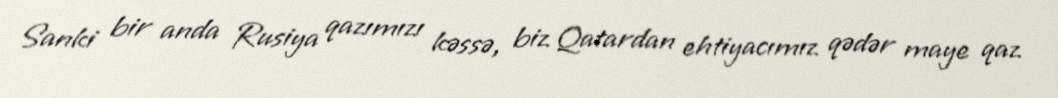
Sanki bir anda Rusiya qazımızı kəssə, biz Qatardan ehtiyacımız qədər maye qaz